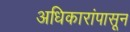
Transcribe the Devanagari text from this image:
अधिकारांपासून